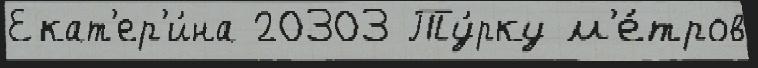
Екат'ер'и́на 20303 Ту́рку м'е́тров